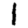
Digit: 1